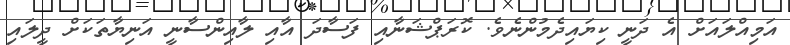
އަމިއްލައަށް އެ ދަނީ ކިޔައިދެމުންނެވެ. ކޮރަޕްޝަނާއި ފަސާދަ އާއި ލާއިންސާނީ އަނިޔާތަކަށް ދީލައި